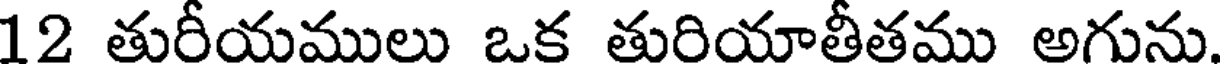
12 తురీయములు ఒక తురియాతీతము అగును